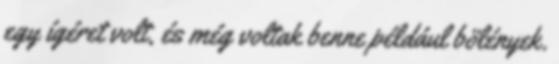
egy ígéret volt, és még voltak benne például bölények.